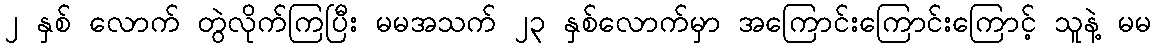
၂ နှစ် လောက် တွဲလိုက်ကြပြီး မမအသက် ၂၃ နှစ်လောက်မှာ အကြောင်းကြောင်းကြောင့် သူနဲ့ မမ